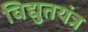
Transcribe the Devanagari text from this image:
विद्युतयंत्र